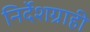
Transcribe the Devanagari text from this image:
निर्देशग्राही